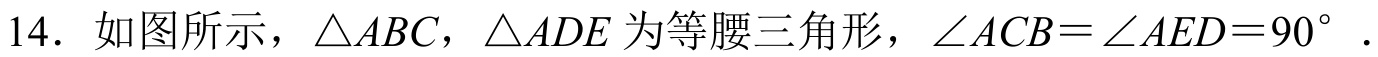
14. 如图所示，$\triangle ABC$，$\triangle ADE$为等腰三角形，$\angle ACB = \angle AED = 90^{\circ}$ .